Indian Civil Veterinary Department memoirs
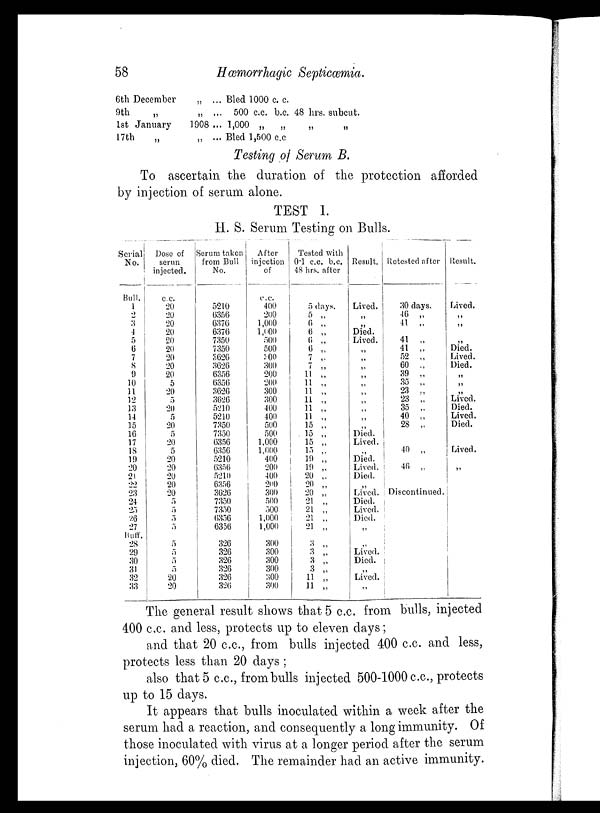
58
Hæmorrhagic Septicæmia.
6th December
9th
1st January
17th
„
„
„
1908
„
... Bled 1000 c. c.
... 500 c.c. b.c. 48 hrs. subcut.
... 1,000 „
„ „ „
... Bled 1,500 c.c
Testing of Serum B.
To ascertain the duration of the protection afforded
by injection of serum alone.
TEST I.
H. S. Serum Testing on Bulls.
Serial
No.
Bull.
1
2
3
4
5
6
7
8
9
10
11 12
13
14
15
16
17
18
19
20
21
22
23
24
25
26
27
Buff.
28
29
30
31
32
33
Dose of
serun
injected.
c.c.
20
20
20
20
20
20
20
20
20
5
20
5
20
5
20
5
20
5
20
20
20
20
20
5
5 5
5
5
5
5
5
20
20
Serum taken
from Bull
No.
5210
6356
6376
6376
7350
7350
3626
3626
6356
6356
3626
3626
5210
5210
7350
7350
6356
6356
5210
6356
5210
6356
3626
7350
7350
6356
6356
326
326
326
326
326
326
After
injection
of
c.c.
400
200
1,000
1,000
500
500
300
300
200
200
300
300
400
400
500
500
1,000
1,000
400
200
400
200
300
500
500
1,000
1,000
300
300
300
300
300
300
Tested with
0.1 c.c. b.c.
48 hrs. after
5 days.
5 „
6 „
6 „
6 „
6 „
7 „
7 „
11 „
11 „
11 „
11 „
11 „
11
„
15 „
15 „
15 „
15 „
19 „
19 „
20 „
20 „
20 „
21 „
21 „
21 „
21 „
3 „
3 „
3 „
3 „
11 „
11 „
Result.
Lived.
„
„
Died.
Lived.
„
„
„
„
„
„
„
„
„
„
Died.
Lived.
„
Died.
Lived.
Died.
„
Lived.
Died.
Lived.
Died.
„
„
Lived.
Died.
„
Lived.
„
Retested after
30 days.
46 „
41 „
41 „
41 „
52 „
60 „
39 „
35 „
23 „
23 „
35 „
40 „
28 „
40 „
46 „
Discontinued.
Result.
Lived.
„
„
„
Died.
Lived.
Died.
„
„
„
Lived.
Died.
Lived.
Died.
Lived.
„
The general result shows that 5 c.c. from bulls, injected
400 c.c. and less, protects up to eleven days;
and that 20 c.c., from bulls injected 400 c.c. and less,
protects less than 20 days;
also that 5 c.c., from bulls injected 500-1000 c.c., protects
up to 15 days.
It appears that bulls inoculated within a week after the
serum had a reaction, and consequently a long immunity. Of
those inoculated with virus at a longer period after the serum
injection, 60% died. The remainder had an active immunity.